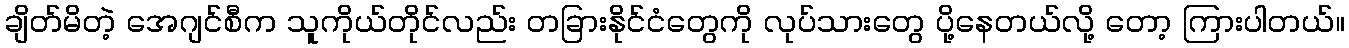
ချိတ်မိတဲ့ အေဂျင်စီက သူကိုယ်တိုင်လည်း တခြားနိုင်ငံတွေကို လုပ်သားတွေ ပို့နေတယ်လို့ တော့ ကြားပါတယ်။